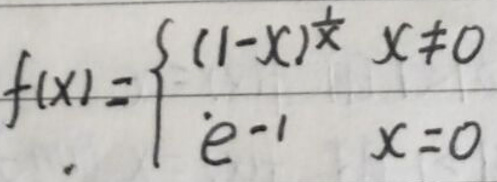
f(x)=\begin{cases}
(1 - x)^{\frac{1}{x}} & x\neq 0\\
e^{-1} & x = 0
\end{cases}